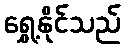
ရွှေ့နိုင်သည်